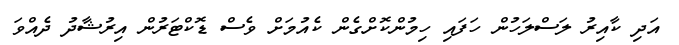
އަދި ކާއިރު ލަސްލަހުން ހަފައި ހިމުންކޮށްގެން ކެއުމަށް ވެސް ޑޮކްޓަރުން އިރުޝާދު ދެއްވަ